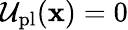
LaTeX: \mathcal{U}_{\mathrm{pl}}(\mathbf{x})=0